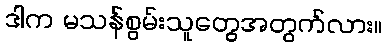
ဒါက မသန်စွမ်းသူတွေအတွက်လား။